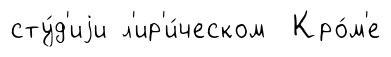
сту́д'иjи л'ир'и́ческом Кро́м'е